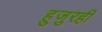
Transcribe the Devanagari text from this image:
हुजुरही